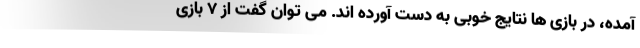
آمده، در بازی ها نتایج خوبی به دست آورده اند. می توان گفت از 7 بازی